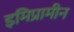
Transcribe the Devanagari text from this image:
इमिप्रामीन